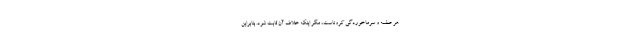
هر عطسه و سرماخوردگی کروناست، مگر اینکه خلاف آن ثابت شود. بنابراین